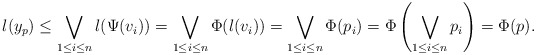
\begin{align*}l(y_p)\leq \bigvee_{1\leq i\leq n}l(\Psi(v_i))=\bigvee_{1\leq i\leq n}\Phi(l(v_i))= \bigvee_{1\leq i\leq n}\Phi(p_i) = \Phi\left(\bigvee_{1\leq i\leq n}p_i\right)=\Phi(p).\end{align*}